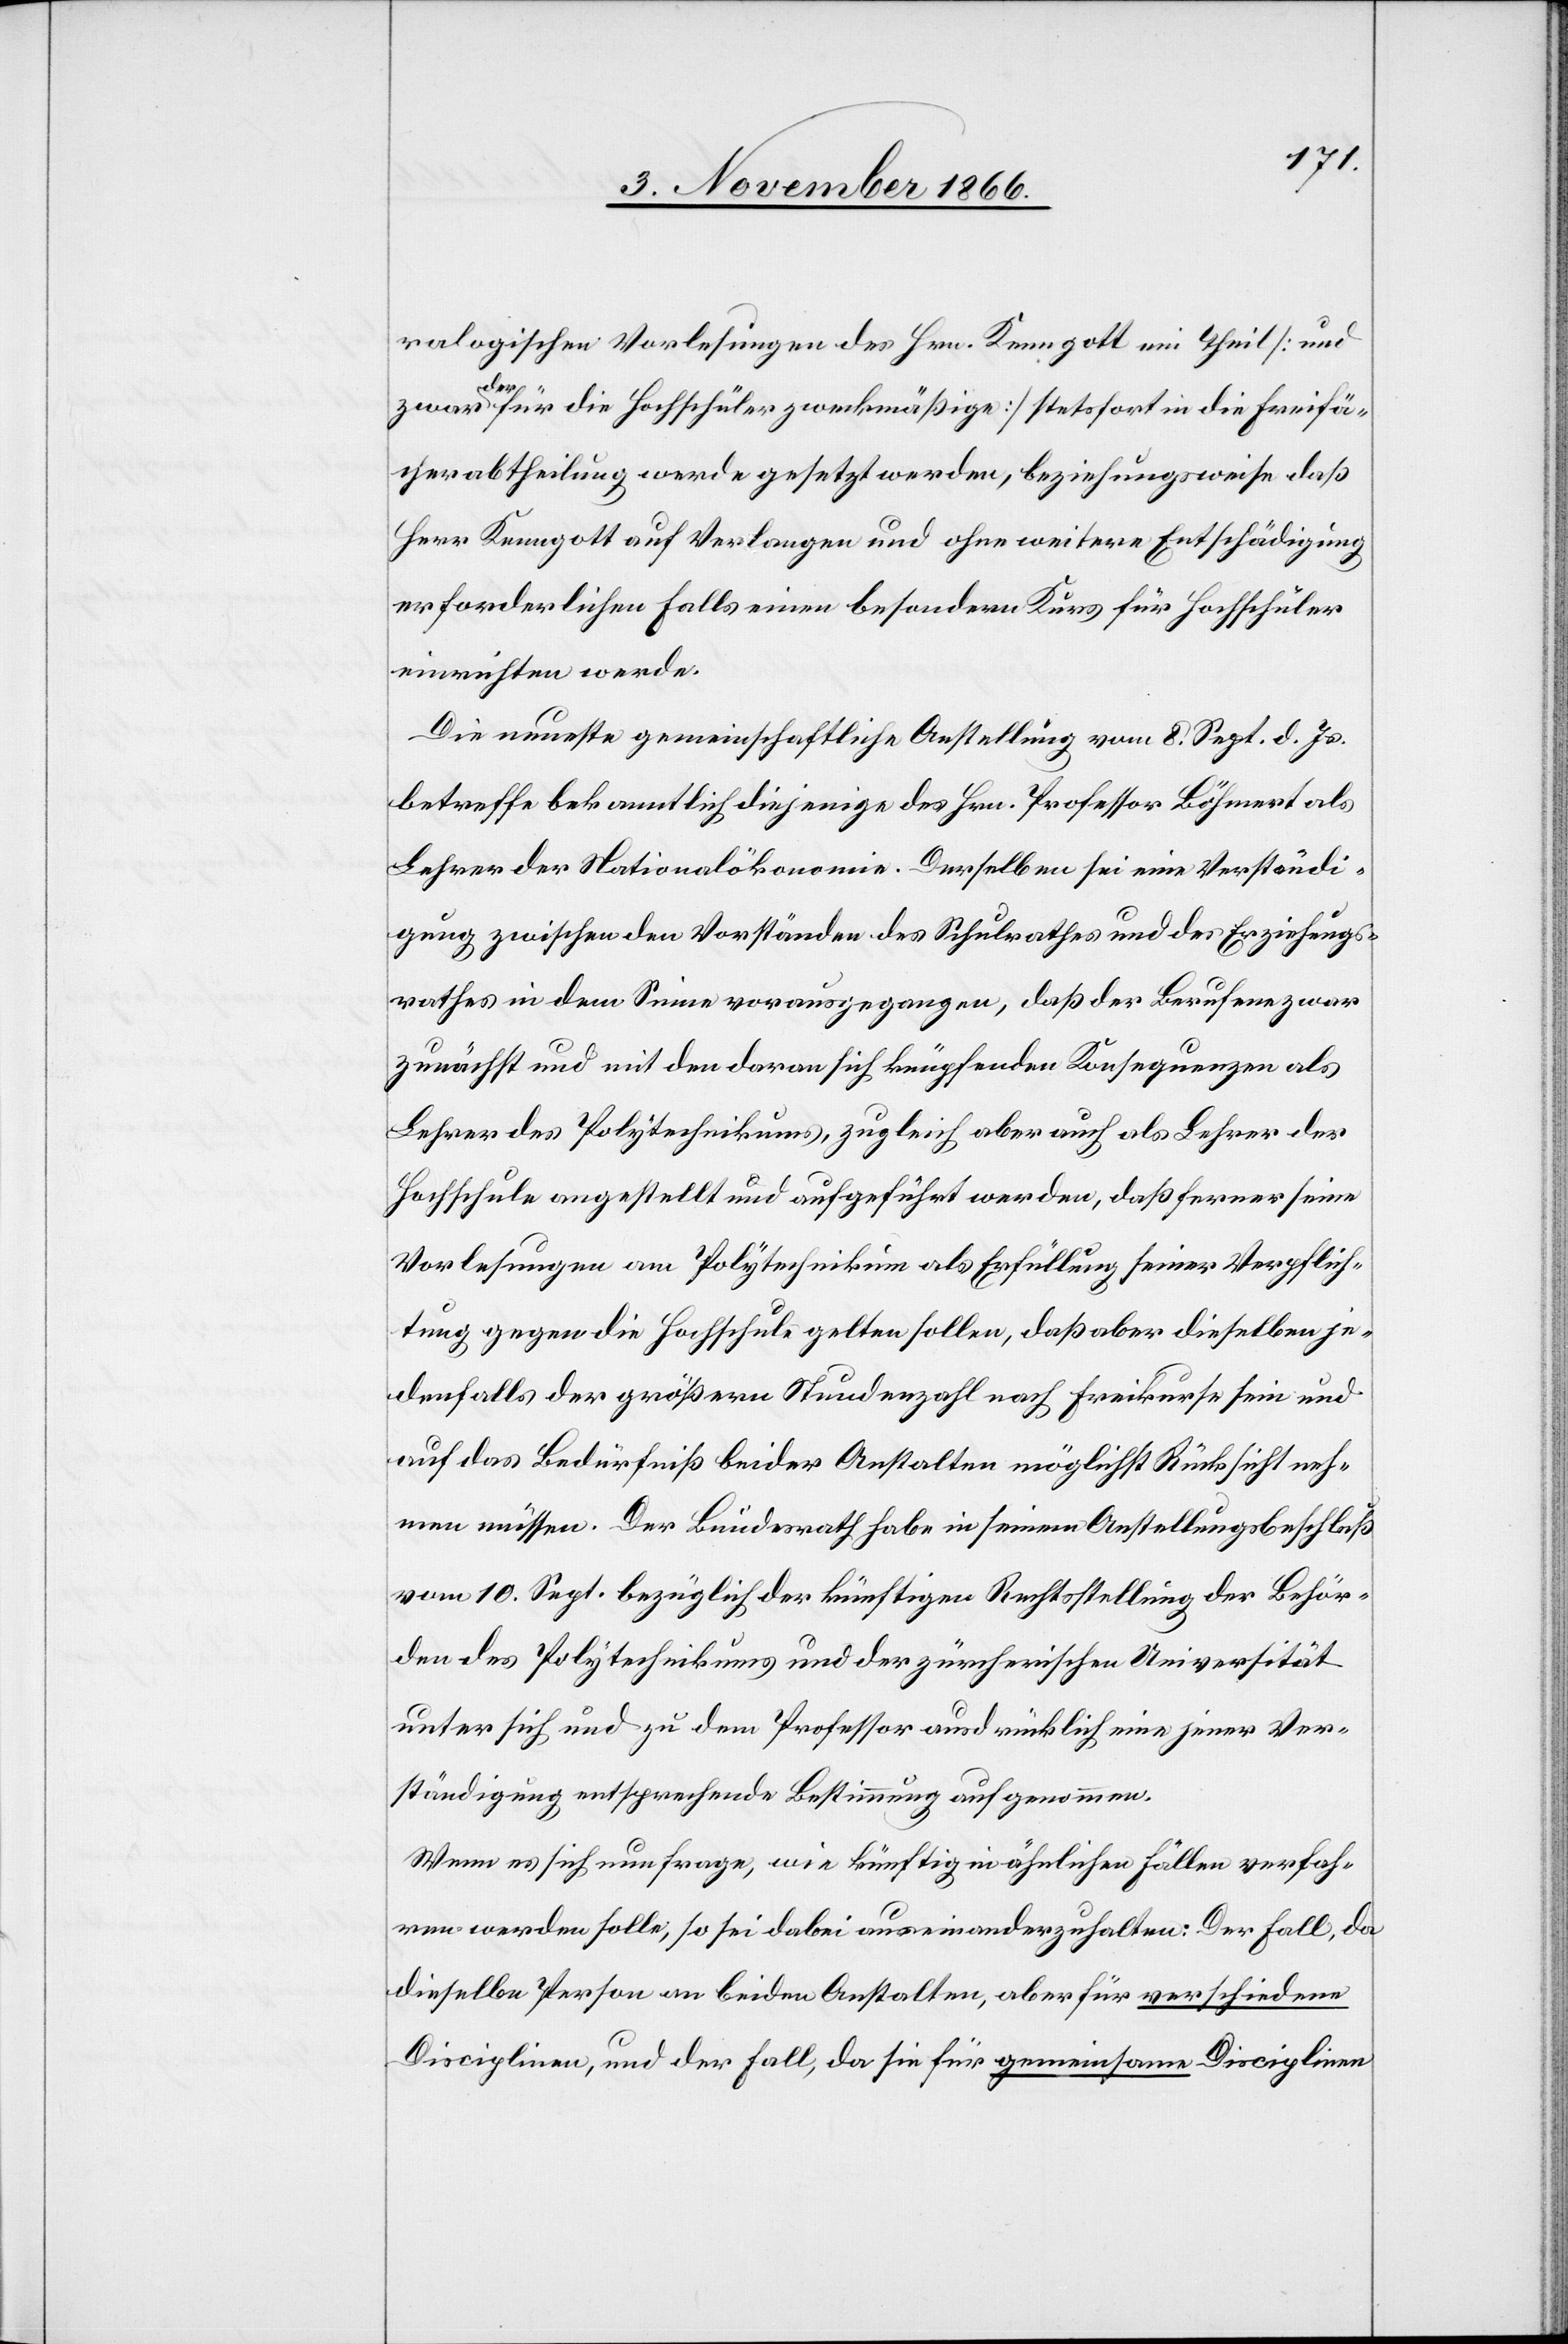
ralogischen Vorlesungen des Hrn. Kenngott ein Theil [und
zwar der für die Hochschüler zweckmäßige] stetsfort in die Freifä¬
cherabtheilung werde gesetzt werden, beziehungsweise daß
Herr Kenngott auf Verlangen und ohne weitere Entschädigung
erforderlichen Falls einen besondern Kurs für Hochschüler
einrichten werde.
Die neueste gemeinschaftliche Anstellung vom 8. Sept. d. Js.
betreffe bekanntlich diejenige des Hrn. Professor Böhmert als
Lehrer der Nationalökonomie. Derselben sei eine Verständi¬
gung zwischen den Vorständen des Schulrathes und des Erziehungs¬
rathes in dem Sinne vorausgegangen, daß der Berufene zwar
zunächst und mit den daran sich knüpfenden Konsequenzen als
Lehrer des Polytechnikums, zugleich aber auch als Lehrer der
Hochschule angestellt und aufgeführt werden, daß ferner seine
Vorlesungen am Polytechnikum als Erfüllung seiner Verpflich¬
tung gegen die Hochschule gelten sollen, daß aber dieselben je¬
denfalls der größern Stundenzahl nach Freikurse sein und
auf das Bedürfniß beider Anstalten möglichst Rücksicht neh¬
men müssen. Der Bundesrath habe in seinem Anstellungsbeschluß
vom 10. Sept. bezüglich der künftigen Rechtsstellung der Behör¬
den des Polytechnikums und der zürcherischen Universität
unter sich und zu dem Professor ausdrücklich eine jener Ver¬
ständigung entsprechende Bestimmung aufgenommen.
Wenn es sich nun frage, wie künftig in ähnlichen Fällen verfah¬
ren werden solle, so sei dabei auseinanderzuhalten: Der Fall, da
dieselbe Person an beiden Anstalten, aber für verschiedene
Disciplinen, und der Fall, da sie für gemeinsame Disciplinen